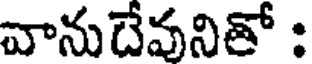
వానుదేవనితో :